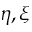
\eta , \xi